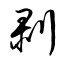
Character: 剥